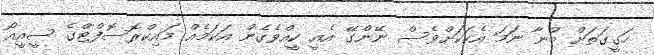
ހަގީގަތަށް ބުނާ ނަމަ އެކަކަށްވެސް ނޭންގޭ އެއީ ކީއްވެގެން އަކަމެއް މައިކްރޮސޮފްޓްގެ ސީއީއޯ